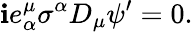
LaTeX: \mathbf{i}e_{\alpha}^{\mu}\sigma^{\alpha}D_{\mu}\psi^{\prime}=0.